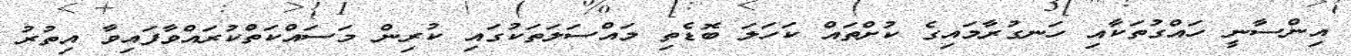
އިންސާނީ ހައްގުތަކާއި ހަނގުރާމައިގެ ކުށްތައް ކަހަލަ ބޮޑެތި މައްސަލަތަކުގައި ކުރިން މަސައްކަތްކުރައްވާފައިވާ އިތުރު